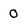
Character: 0